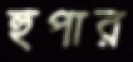
হুপার